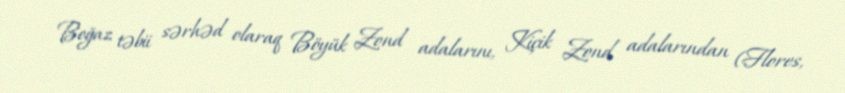
Boğaz təbii sərhəd olaraq Böyük Zond adalarını, Kiçik Zond adalarından (Flores,